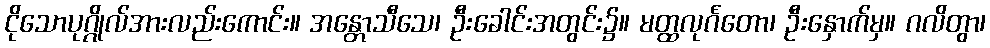
ငိုသောပုဂ္ဂိုလ်အားလည်းကောင်း။ အန္တောသီသေ၊ ဦးခေါင်းအတွင်း၌။ မတ္ထလုင်္ဂတော၊ ဦးနှောက်မှ။ ဂလိတွာ၊